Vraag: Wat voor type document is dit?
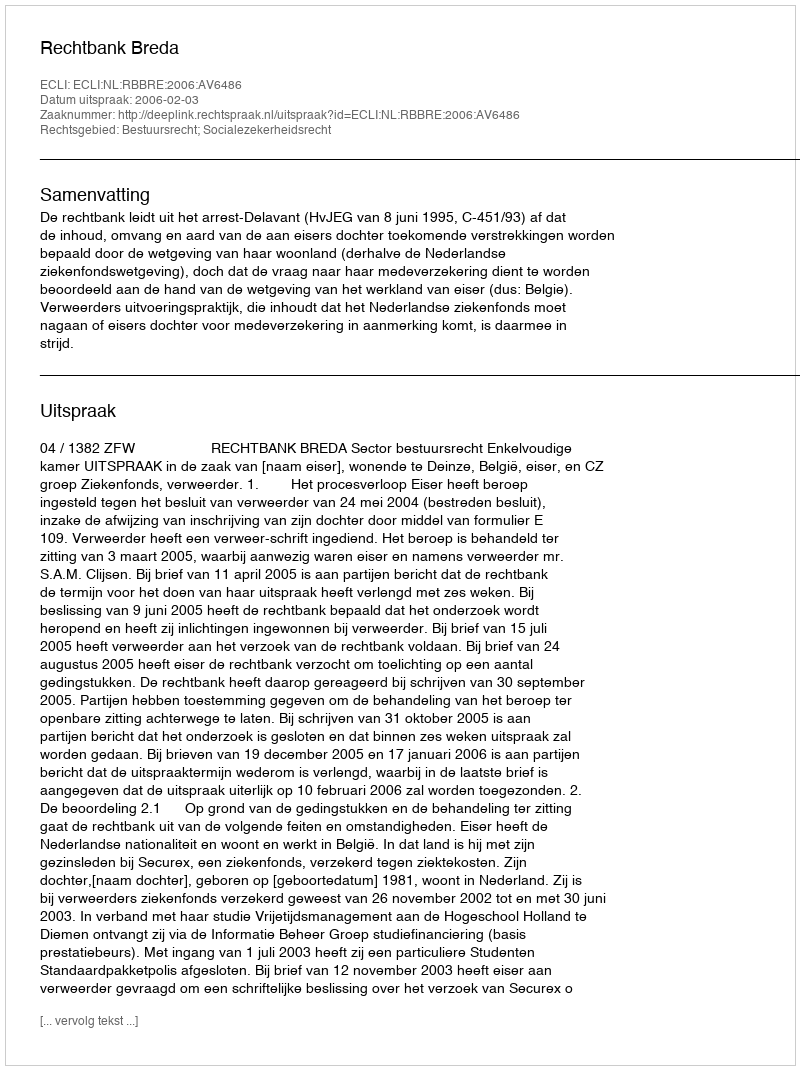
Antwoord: Uitspraak